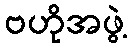
ဗဟိုအဖွဲ့